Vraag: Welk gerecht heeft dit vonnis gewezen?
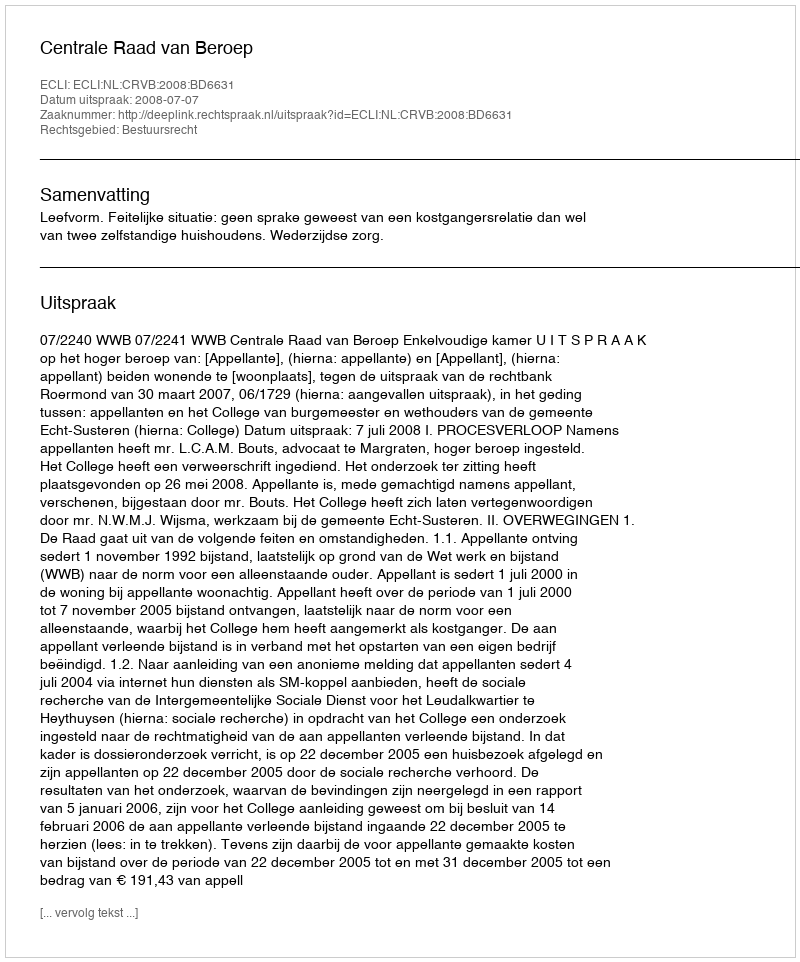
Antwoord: Centrale Raad van Beroep